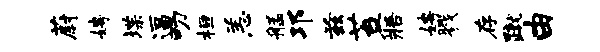
蔚娉堞逼叨桓恙艋邛兹苔寤娉戮存蹴由